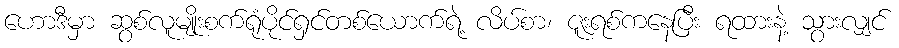
ဟောဒီမှာ ဆွစ်လူမျိုးစက်ရုံပိုင်ရှင်တစ်ယောက်ရဲ့ လိပ်စာ၊ ဇူးရစ်ကနေပြီး ရထားနဲ့ သွားလျှင်